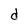
Character: d